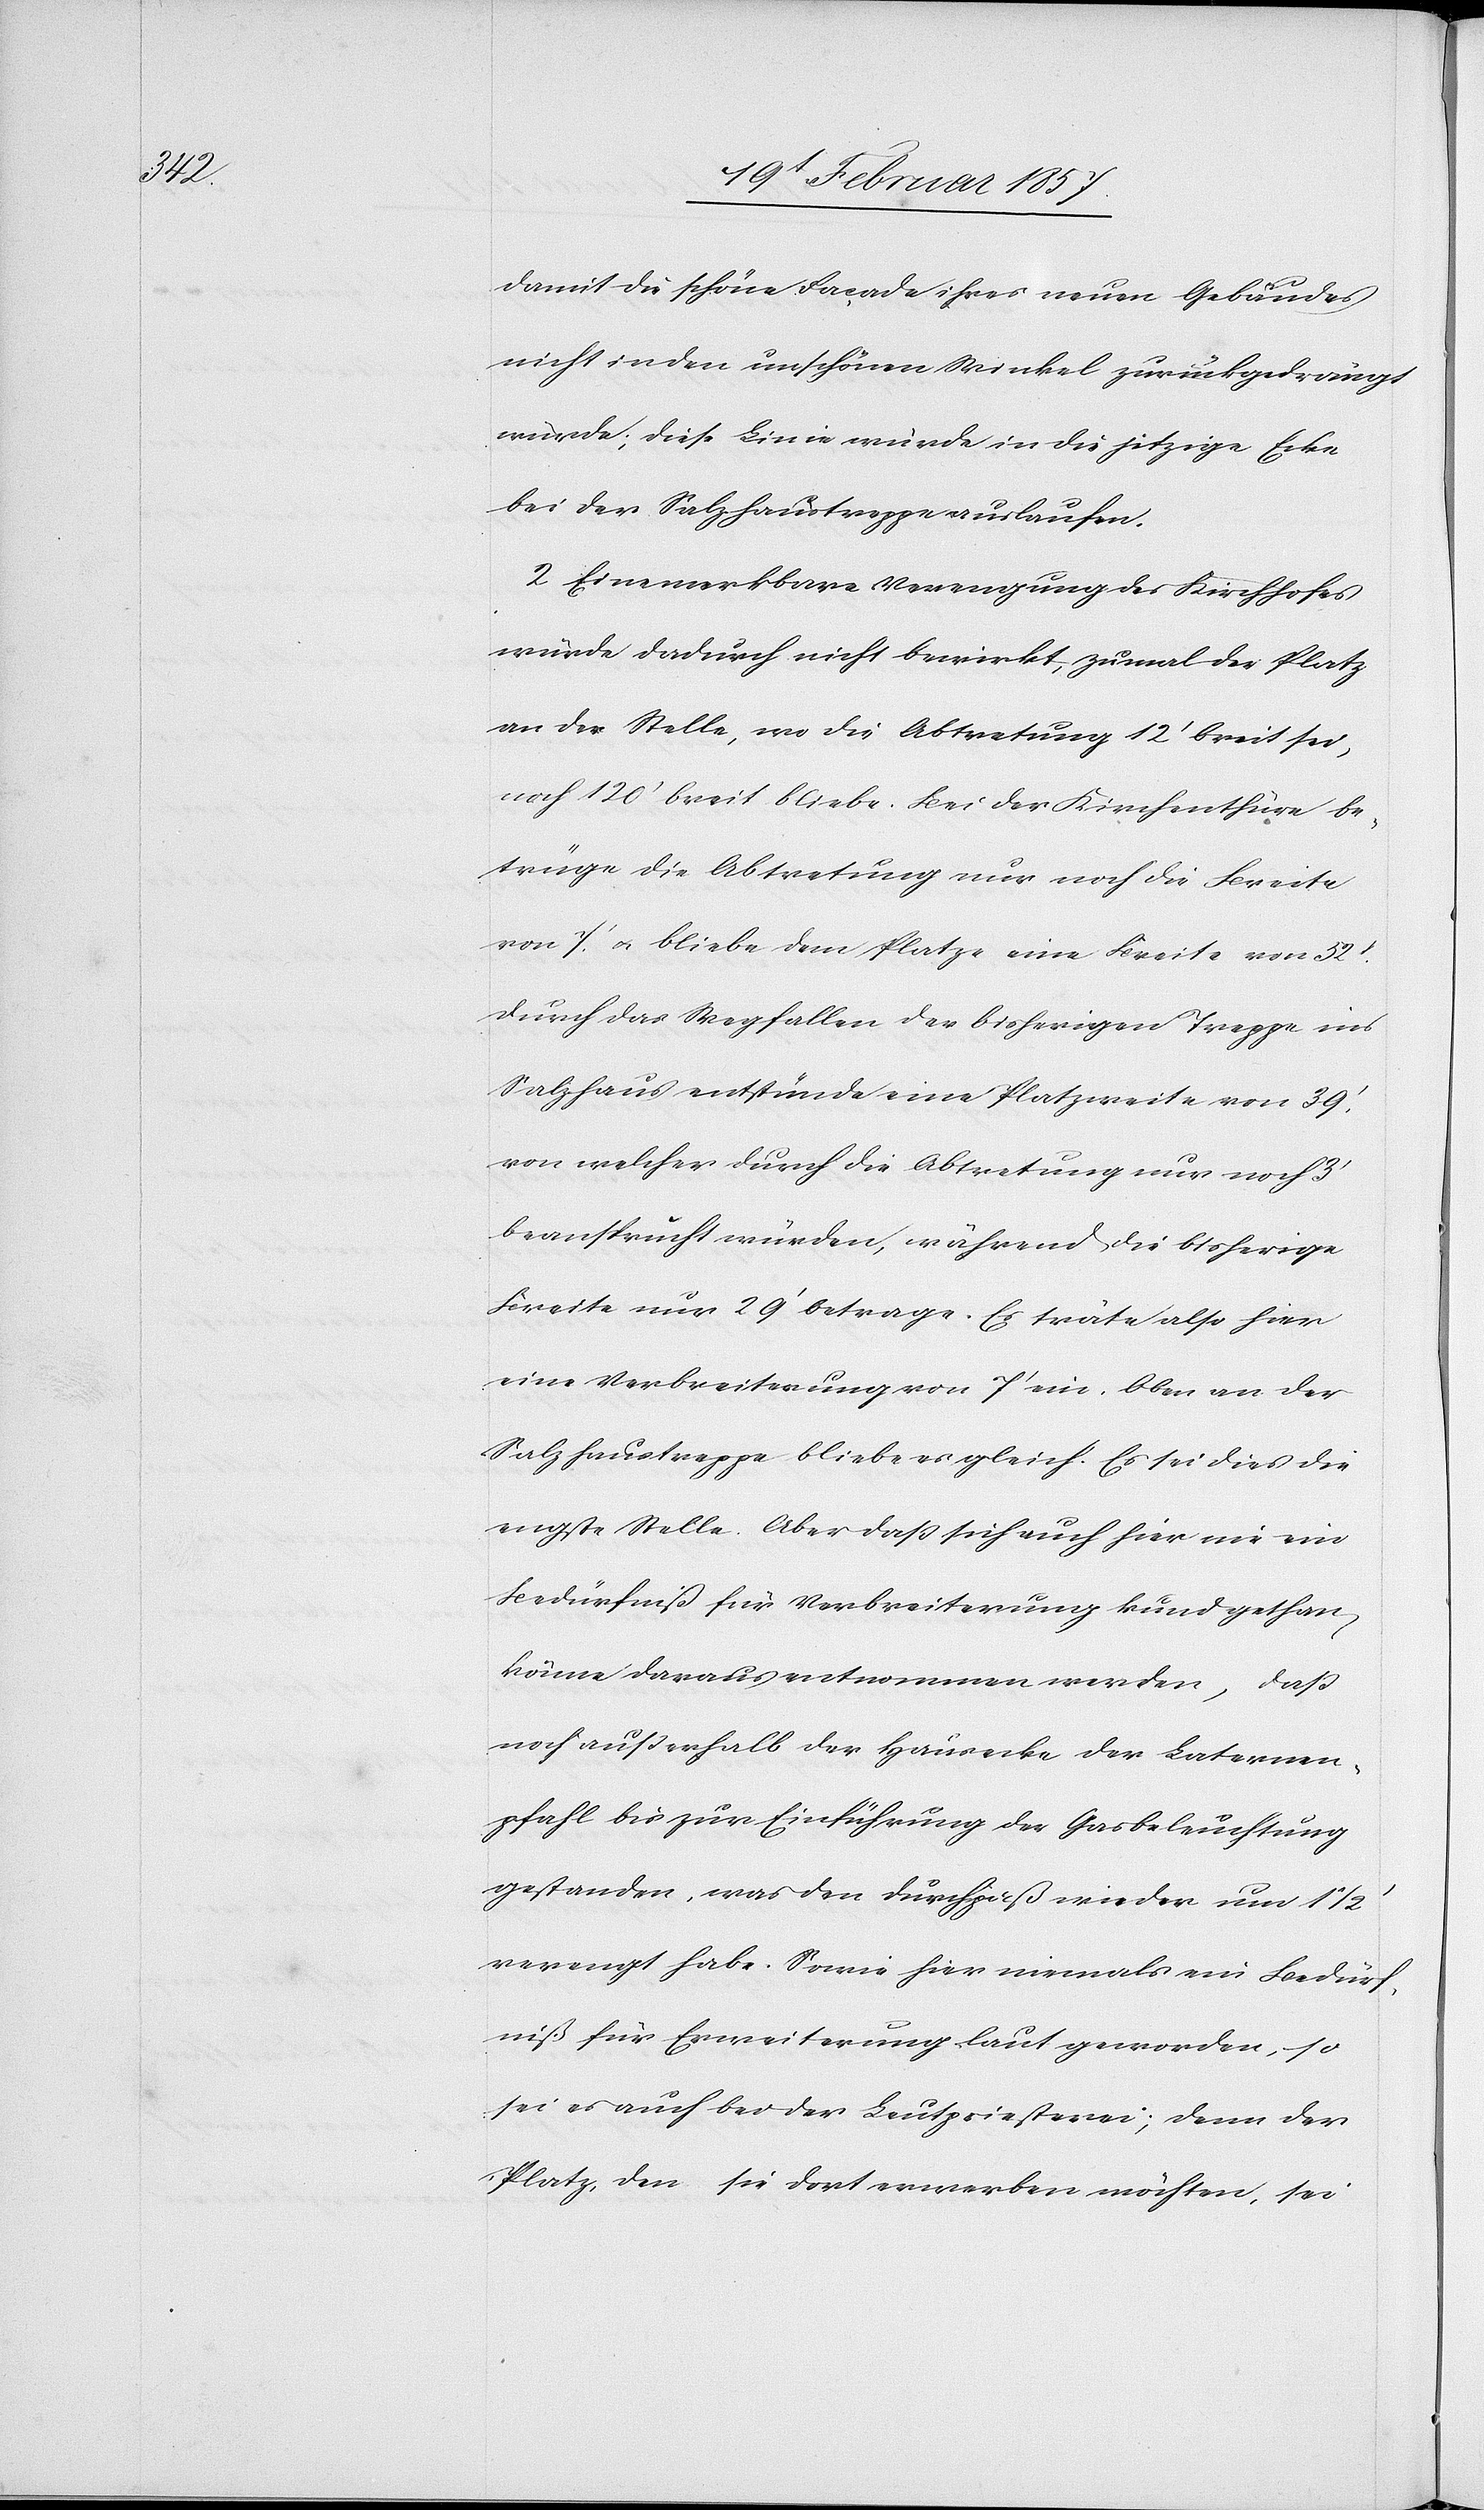
Bedürf¬

damit die schöne Facade ihres neuen Gebäudes
nicht in den unschönen Winkel zurückgedrängt
würde; dies Linie würde in die jetzige Ecke
bei der Salzhaustreppe auslaufen.
2 Eine merkbare Verengung des Kirchhofes
würde dadurch nicht bewirkt, zumal der Platz
an der Stelle, wo die Abtretung 12‘ breit sei,
noch 120‘ breit bliebe. Bei der Kirchenthüre be¬
trüge die Abtretung nur noch die Breite
von 7‘ u. bliebe dem Platze eine breite von 52‘.
Durch das Wegfallen der bisherigen Treppe ins
Salzhaus entstünde eine Platzweite von 39‘
von welcher durch die Abtretung nur noch 3‘
beansprucht würden, während die bisherige
Breite nur 29‘ betrage. Es träte also hier
eine Verbreiterung von 7‘ ein. Oben an der
Salzhaustreppe bliebe es gleich. Es sei dies die
engste Stelle. Aber daß sich auch hier nie ein
Bedürfniß für Verbreiterung kundgethan
könne daraus entnommen werden, daß
noch außerhalb der Hausecke der Laternen¬
pfahl bis zur Einführung der Gasbeleuchtung
niß für Erweiterung laut geworden, so
sei es auch bei der Leutpriesterei, denn der
Platz, den sie dort erwerben möchten, sei